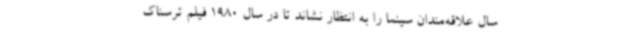
سال علاقه‌مندان سینما را به انتظار نشاند تا در سال 1980 فیلم ترسناک